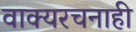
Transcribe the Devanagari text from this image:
वाक्यरचनाही